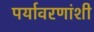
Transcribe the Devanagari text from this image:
पर्यावरणांशी